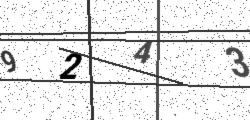
Text: 9243